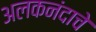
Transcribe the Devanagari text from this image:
अलकनंदाचे